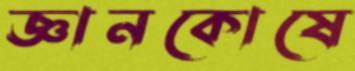
জ্ঞানকোষে